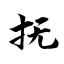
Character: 抚